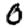
Digit: 0